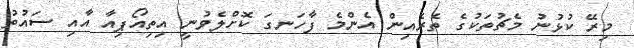
މިރޭ ކުޅުނު މެޗުތަކުގެ ތެރެއިން އެންމެ ފާހަނގަ ކޮށްލެވުނީ އިތިއޯޕިއާ އާއި ސައުތު